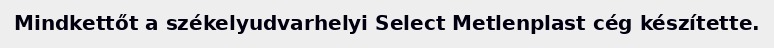
Mindkettőt a székelyudvarhelyi Select Metlenplast cég készítette.